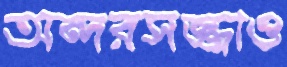
অন্দরসজ্জাও